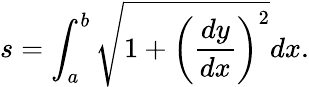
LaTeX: s=\int_{a}^{b}{\sqrt{1+\left({\frac{dy}{dx}}\right)^{2}}}dx.